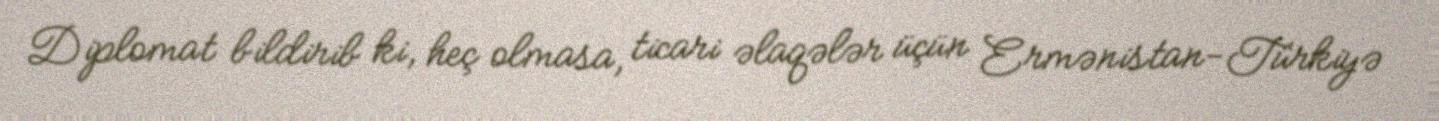
Diplomat bildirib ki, heç olmasa, ticari əlaqələr üçün Ermənistan-Türkiyə